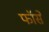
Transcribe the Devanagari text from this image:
फॉसे